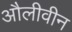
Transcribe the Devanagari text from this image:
औलीवीन